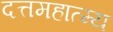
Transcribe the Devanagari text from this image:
दत्तमहात्म्य